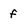
Character: f